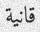
قانية